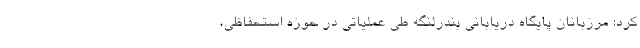
کرد: مرزبانان پایگاه‌ دریابانی بندرلنگه طی عملیاتی در حوزه استحفاظی،